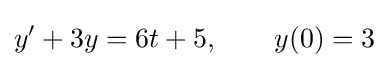
y'+3y=6t+5,\qquad y(0)=3